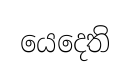
යෙදෙති